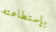
بإستطاعته